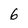
Character: 6